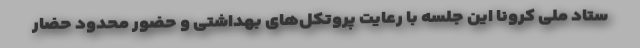
ستاد ملی کرونا این جلسه با رعایت پروتکل‌های بهداشتی و حضور محدود حضار